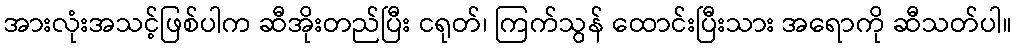
အားလုံးအသင့်ဖြစ်ပါက ဆီအိုးတည်ပြီး ငရုတ်၊ ကြက်သွန် ထောင်းပြီးသား အရောကို ဆီသတ်ပါ။